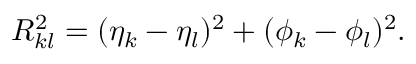
R _ { k l } ^ { 2 } = ( \eta _ { k } - \eta _ { l } ) ^ { 2 } + ( \phi _ { k } - \phi _ { l } ) ^ { 2 } .